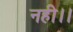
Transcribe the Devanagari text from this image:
नही।।